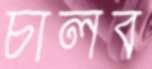
চালব